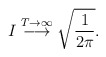
\begin{align*}I \stackrel{T\rightarrow\infty}{\longrightarrow} \sqrt{\frac{1}{2\pi}}.\end{align*}